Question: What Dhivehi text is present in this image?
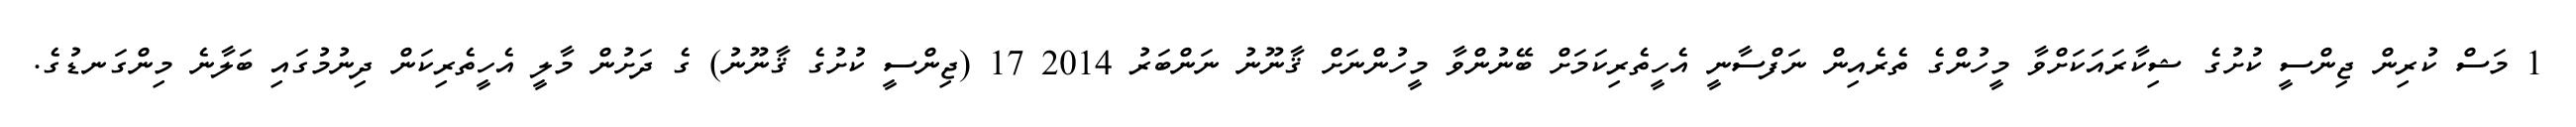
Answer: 1 މަސް ކުރިން ޖިންސީ ކުށުގެ ޝިކާރައަކަށްވާ މީހުންގެ ތެރެއިން ނަފްސާނީ އެހީތެރިކަމަށް ބޭނުންވާ މީހުންނަށް ޤާނޫނު ނަންބަރު 2014 17 (ޖިންސީ ކުށުގެ ޤާނޫނު) ގެ ދަށުން މާލީ އެހީތެރިކަން ދިނުމުގައި ބަލާނެ މިންގަނޑުގެ.